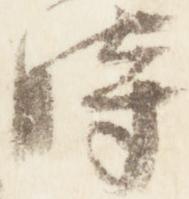
時